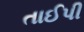
તાઈપી